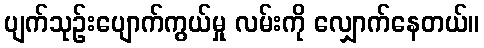
ပျက်သုဉ်းပျောက်ကွယ်မှု လမ်းကို လျှောက်နေတယ်။